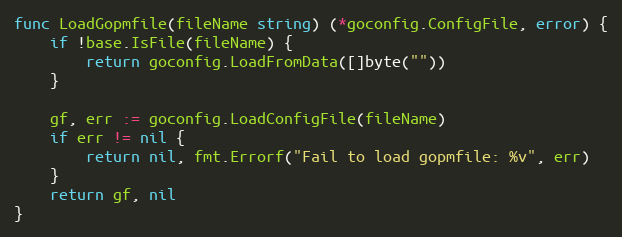
Language: Go
func LoadGopmfile(fileName string) (*goconfig.ConfigFile, error) {
	if !base.IsFile(fileName) {
		return goconfig.LoadFromData([]byte(""))
	}

	gf, err := goconfig.LoadConfigFile(fileName)
	if err != nil {
		return nil, fmt.Errorf("Fail to load gopmfile: %v", err)
	}
	return gf, nil
}